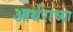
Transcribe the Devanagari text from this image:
आर्थराच्या